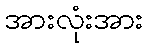
အားလုံးအား